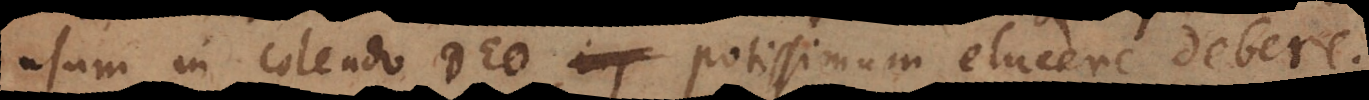
usum in colendo Deo potissimum elucere debere.